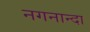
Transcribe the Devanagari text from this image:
नगनान्दा